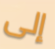
إلى